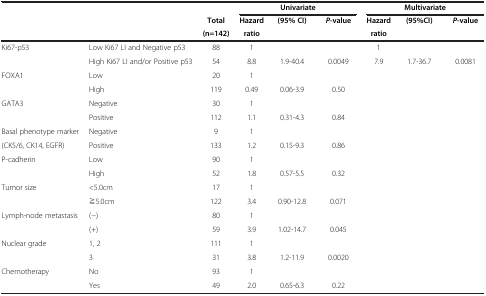
<table><thead><tr><td colspan="2"><b> </b></td><td><b> </b></td><td colspan="3"><b>Univariate</b></td><td colspan="3"><b>Multivariate</b></td></tr><tr><td><b> </b></td><td><b> </b></td><td><b>Total</b></td><td><b>Hazard</b></td><td><b>(95% CI)</b></td><td><b><i>P</i>-value</b></td><td><b>Hazard</b></td><td><b>(95%CI)</b></td><td><b><i>P</i>-value</b></td></tr><tr><td><b> </b></td><td><b> </b></td><td><b>(n=142)</b></td><td><b>ratio</b></td><td><b> </b></td><td><b> </b></td><td><b>ratio</b></td><td><b> </b></td><td><b> </b></td></tr></thead><tbody><tr><td>Ki67-p53</td><td>Low Ki67 LI and Negative p53</td><td>88</td><td>1</td><td> </td><td> </td><td>1</td><td> </td><td> </td></tr><tr><td> </td><td>High Ki67 LI and/or Positive p53</td><td>54</td><td>8.8</td><td>1.9-40.4</td><td>0.0049</td><td>7.9</td><td>1.7-36.7</td><td>0.0081</td></tr><tr><td>FOXA1</td><td>Low</td><td>20</td><td>1</td><td> </td><td> </td><td> </td><td> </td><td> </td></tr><tr><td> </td><td>High</td><td>119</td><td>0.49</td><td>0.06-3.9</td><td>0.50</td><td> </td><td> </td><td> </td></tr><tr><td>GATA3</td><td>Negative</td><td>30</td><td>1</td><td> </td><td> </td><td> </td><td> </td><td> </td></tr><tr><td> </td><td>Positive</td><td>112</td><td>1.1</td><td>0.31-4.3</td><td>0.84</td><td> </td><td> </td><td> </td></tr><tr><td>Basal phenotype marker</td><td>Negative</td><td>9</td><td>1</td><td> </td><td> </td><td> </td><td> </td><td> </td></tr><tr><td>(CK5/6, CK14, EGFR)</td><td>Positive</td><td>133</td><td>1.2</td><td>0.15-9.3</td><td>0.86</td><td> </td><td> </td><td> </td></tr><tr><td>P-cadherin</td><td>Low</td><td>90</td><td>1</td><td> </td><td> </td><td> </td><td> </td><td> </td></tr><tr><td> </td><td>High</td><td>52</td><td>1.8</td><td>0.57-5.5</td><td>0.32</td><td> </td><td> </td><td> </td></tr><tr><td>Tumor size</td><td>&lt;5.0cm</td><td>17</td><td>1</td><td> </td><td> </td><td> </td><td> </td><td> </td></tr><tr><td> </td><td>≧5.0cm</td><td>122</td><td>3.4</td><td>0.90-12.8</td><td>0.071</td><td> </td><td> </td><td> </td></tr><tr><td>Lymph-node metastasis</td><td>(−)</td><td>80</td><td>1</td><td> </td><td> </td><td> </td><td> </td><td> </td></tr><tr><td> </td><td>(+)</td><td>59</td><td>3.9</td><td>1.02-14.7</td><td>0.045</td><td> </td><td> </td><td> </td></tr><tr><td>Nuclear grade</td><td>1, 2</td><td>111</td><td>1</td><td> </td><td> </td><td> </td><td> </td><td> </td></tr><tr><td> </td><td>3</td><td>31</td><td>3.8</td><td>1.2-11.9</td><td>0.0020</td><td> </td><td> </td><td> </td></tr><tr><td>Chemotherapy</td><td>No</td><td>93</td><td>1</td><td> </td><td> </td><td> </td><td> </td><td> </td></tr><tr><td> </td><td>Yes</td><td>49</td><td>2.0</td><td>0.65-6.3</td><td>0.22</td><td> </td><td> </td><td> </td></tr></tbody></table>